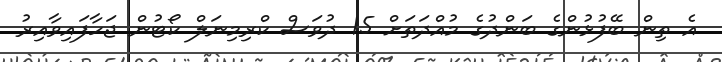
އެ ތިން ބޭފުޅުންގެ ބަންދުގެ މުއްދަތަށް 15 ދުވަސް ކްރިމިނަލް ކޯޓުން ޖަހާފައިވާއިރު